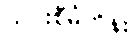
ယင်းစီမံကိန်း